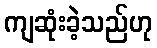
ကျဆုံးခဲ့သည်ဟု